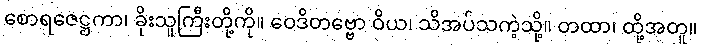
စောရဇေဋ္ဌကာ၊ ခိုးသူကြီးတို့ကို။ ဝေဒိတဗ္ဗော ဝိယ၊ သိအပ်သကဲ့သို့။ တထာ၊ ထို့အတူ။